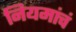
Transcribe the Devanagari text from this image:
नियमांचं